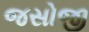
જસોજી